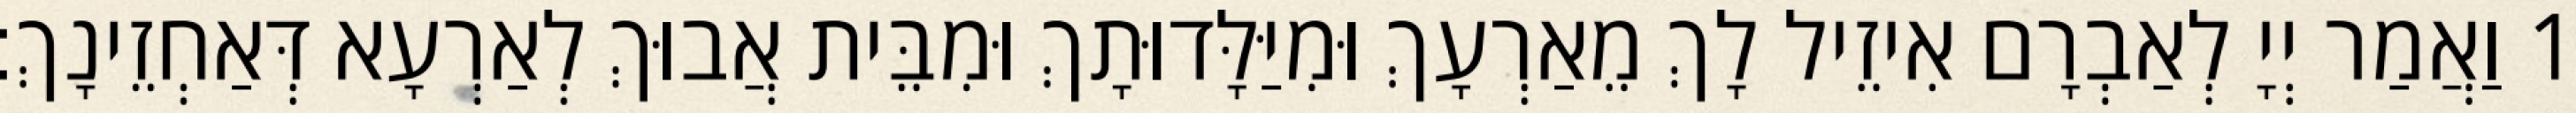
1 וַאֲמַר יְיָ לְאַבְרָם אִיזֵיל לָךְ מֵאַרְעָךְ וּמִיַּלָּדוּתָךְ וּמִבֵּית אֲבוּךְ לְאַרְעָא דְּאַחְזֵינָךְ׃